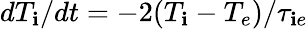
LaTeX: dT_{\mathbf{i}}/dt=-2(T_{\mathbf{i}}-T_{e})/\tau_{\mathbf{i}e}